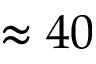
\approx 4 0